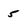
Character: 5